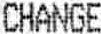
CHANGE